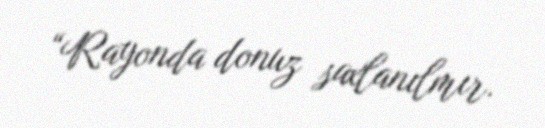
“Rayonda donuz saxlanılmır.